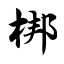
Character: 梆